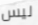
ليس